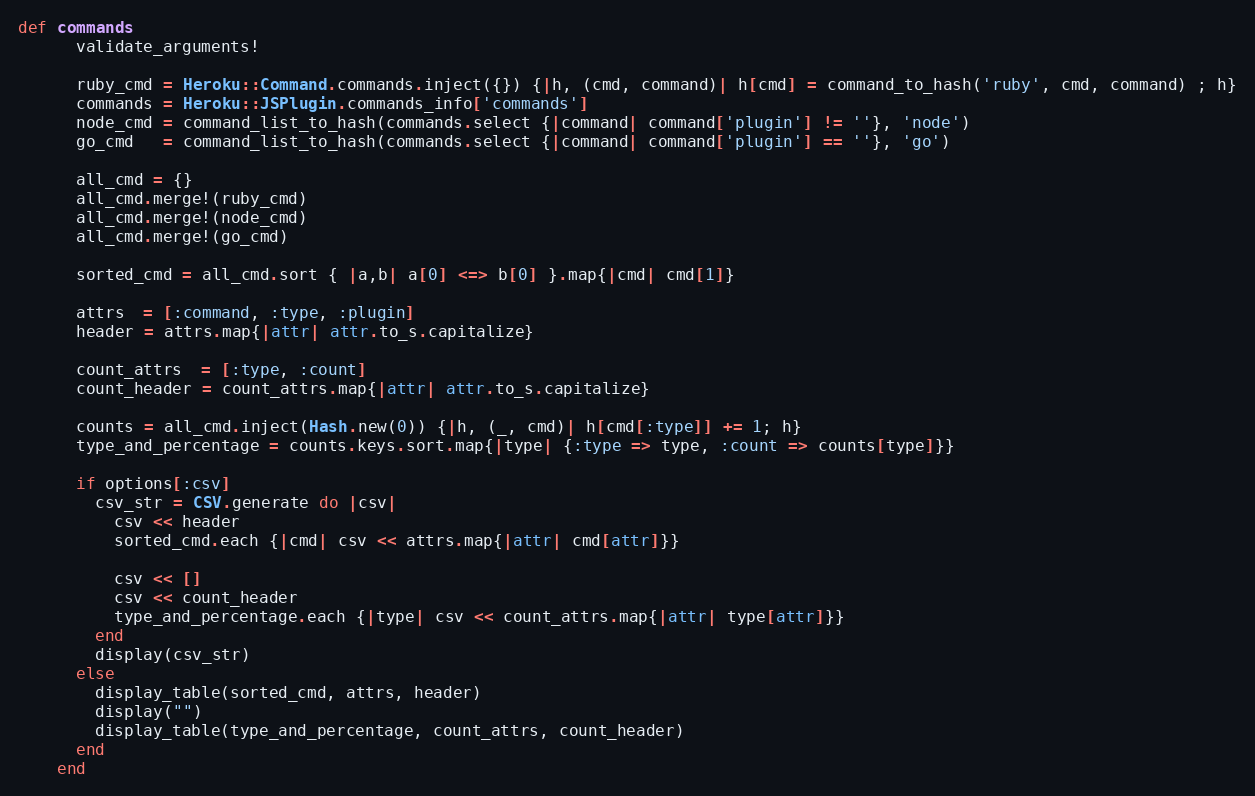
Language: Ruby
def commands
      validate_arguments!

      ruby_cmd = Heroku::Command.commands.inject({}) {|h, (cmd, command)| h[cmd] = command_to_hash('ruby', cmd, command) ; h}
      commands = Heroku::JSPlugin.commands_info['commands']
      node_cmd = command_list_to_hash(commands.select {|command| command['plugin'] != ''}, 'node')
      go_cmd   = command_list_to_hash(commands.select {|command| command['plugin'] == ''}, 'go')

      all_cmd = {}
      all_cmd.merge!(ruby_cmd)
      all_cmd.merge!(node_cmd)
      all_cmd.merge!(go_cmd)

      sorted_cmd = all_cmd.sort { |a,b| a[0] <=> b[0] }.map{|cmd| cmd[1]}

      attrs  = [:command, :type, :plugin]
      header = attrs.map{|attr| attr.to_s.capitalize}

      count_attrs  = [:type, :count]
      count_header = count_attrs.map{|attr| attr.to_s.capitalize}

      counts = all_cmd.inject(Hash.new(0)) {|h, (_, cmd)| h[cmd[:type]] += 1; h}
      type_and_percentage = counts.keys.sort.map{|type| {:type => type, :count => counts[type]}}

      if options[:csv]
        csv_str = CSV.generate do |csv|
          csv << header
          sorted_cmd.each {|cmd| csv << attrs.map{|attr| cmd[attr]}}

          csv << []
          csv << count_header
          type_and_percentage.each {|type| csv << count_attrs.map{|attr| type[attr]}}
        end
        display(csv_str)
      else
        display_table(sorted_cmd, attrs, header)
        display("")
        display_table(type_and_percentage, count_attrs, count_header)
      end
    end